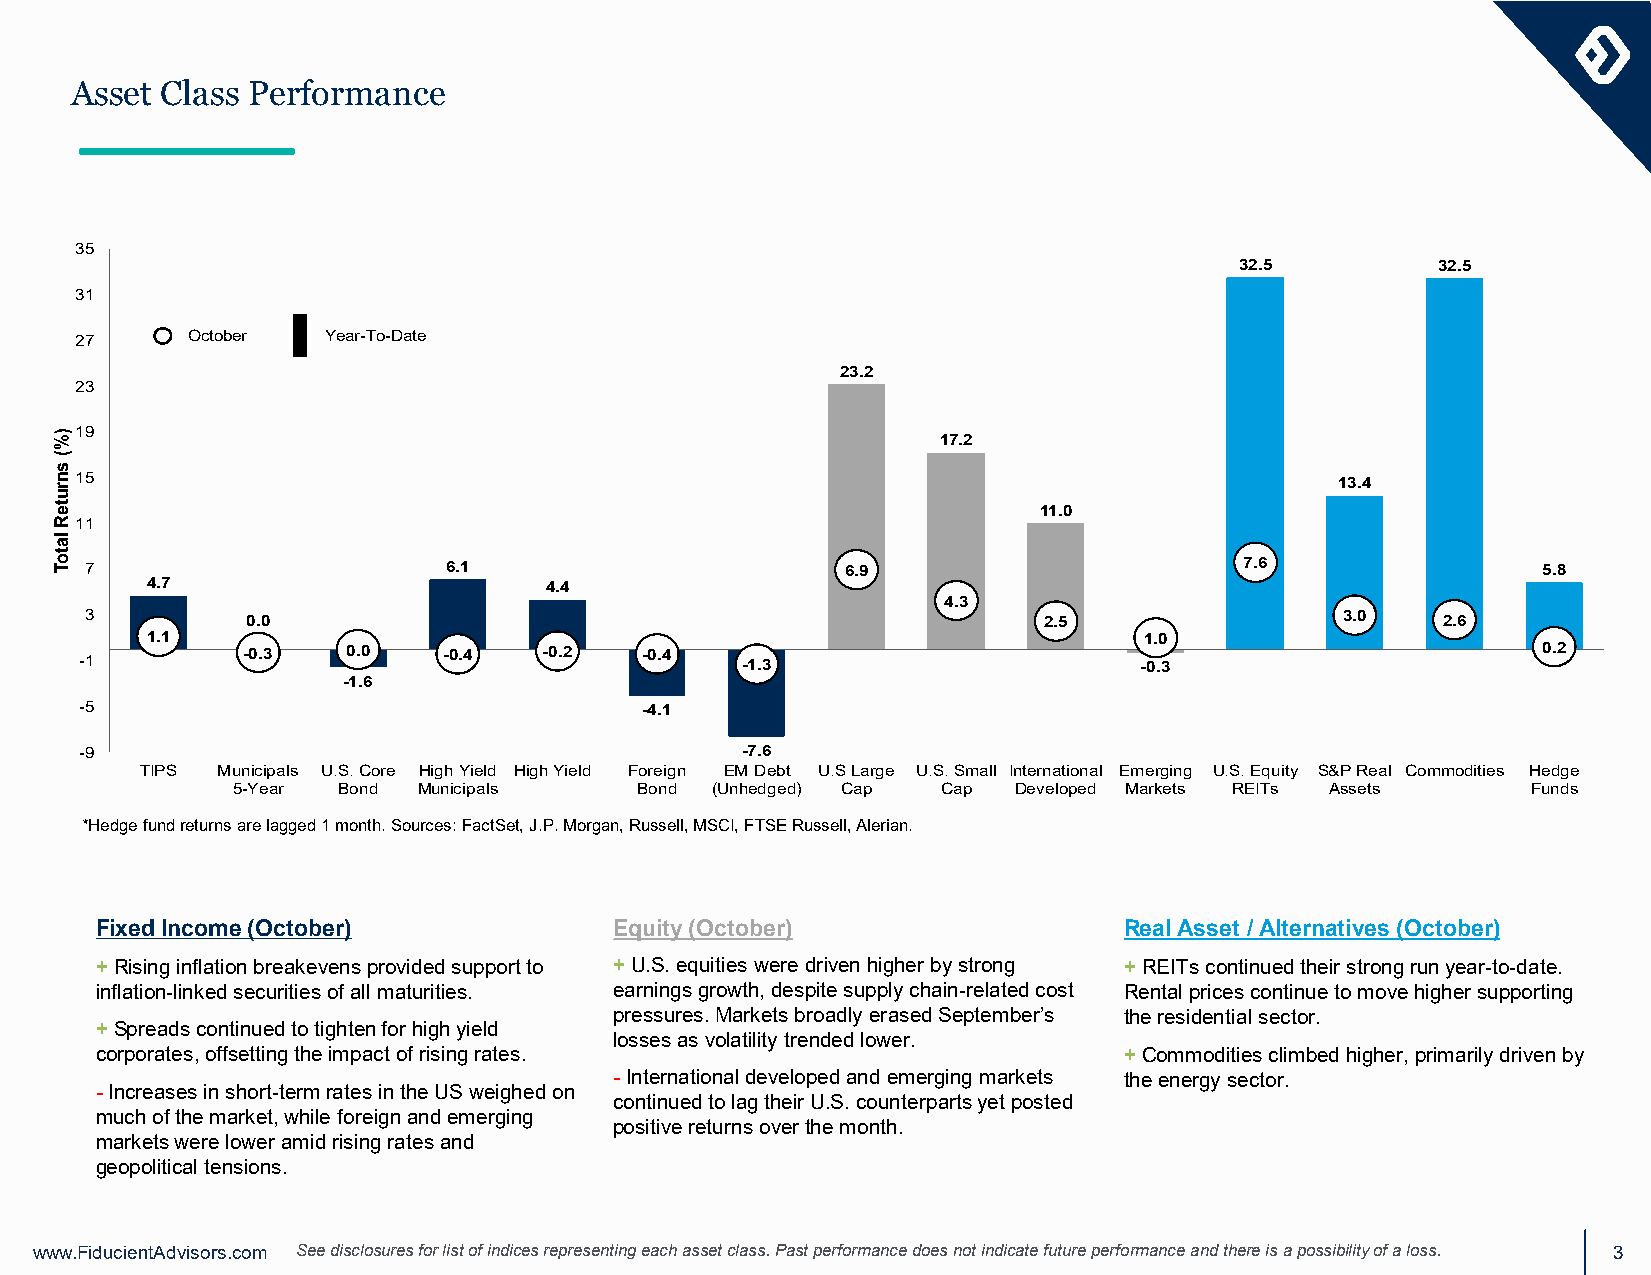
Asset Class Performance
 35
 32.5         32.5
 31
 ▐
 27     October  Year-To-Date
 23.2
 23
 19                                                       17.2
 15                                                                                  13.4
 11.0
 11
 7                      6.1                        6.9                       7.6                 5.8
 4.7                       4.4
 4.3
 3         0.0                                                  2.5                 3.0   2.6
 1.1                                                               1.0
 -1         -0.3   0.0   -0.4   -0.2  -0.4   -1.3                      -0.3                       0.2
 -1.6
 -5                                   -4.1
 -9                                          -7.6
 TIPS Municipals U.S. Core High Yield High Yield Foreign EM Debt U.S Large U.S. Small International Emerging U.S. Equity S&P Real Commodities Hedge
 5-Year Bond  Municipals    Bond (Unhedged) Cap Cap  Developed Markets REITs Assets    Funds
 *Hedge fund returns are lagged 1 month. Sources: FactSet, J.P. Morgan, Russell, MSCI, FTSE Russell, Alerian.
 Fixed Income (October)             Equity (October)                 Real Asset / Alternatives (October)
 +Rising inflation breakevens provided support to +U.S. equities were driven higher by strong +REITs continued their strong run year-to-date.
 inflation-linked securities of all maturities. earnings growth, despite supply chain-related cost Rental prices continue to move higher supporting
 pressures. Markets broadly erased September’s the residential sector.
 + Spreads continued to tighten for high yield
 losses as volatility trended lower.
 corporates, offsetting the impact of rising rates.                  + Commodities climbed higher, primarily driven by
 -International developed and emerging markets the energy sector.
 -Increases in short-term rates in the US weighed on
 continued to lag their U.S. counterparts yet posted
 much of the market, while foreign and emerging
 positive returns over the month.
 markets were lower amid rising rates and
 geopolitical tensions.
 www.FiducientAdvisors.com See disclosures for list of indices representing each asset class. Past performance does not indicate future performance and there is a possibility of a loss. 3
 )%(
 snruteR
 latoT